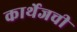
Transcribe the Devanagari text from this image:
कार्थेजची